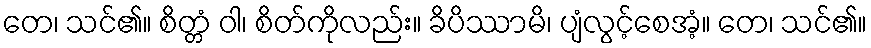
တေ၊ သင်၏။ စိတ္တံ ဝါ၊ စိတ်ကိုလည်း။ ခိပိဿာမိ၊ ပျံလွင့်စေအံ့။ တေ၊ သင်၏။